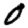
Digit: 0